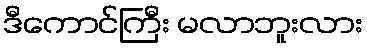
ဒီကောင်ကြီး မလာဘူးလား